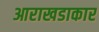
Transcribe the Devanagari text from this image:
आराखडाकार